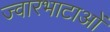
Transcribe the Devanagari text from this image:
ज्वारभाटाओं